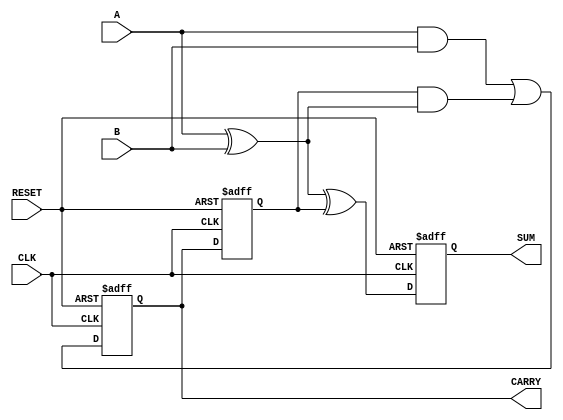
module SequentialHalfAdder (
    input wire A,        // First input bit
    input wire B,        // Second input bit
    input wire CLK,      // Clock signal
    input wire RESET,    // Reset signal
    output reg SUM,      // Output for sum
    output reg CARRY     // Output for carry
);

    // Internal state variable to hold the previous carry value
    reg previous_carry;

    // Always block triggered on the rising edge of the clock
    always @(posedge CLK or posedge RESET) begin
        if (RESET) begin
            // Reset state
            SUM <= 1'b0;
            CARRY <= 1'b0;
            previous_carry <= 1'b0;
        end else begin
            // Calculate the new sum and carry
            SUM <= A ^ B ^ previous_carry;  // SUM = A XOR B XOR previous_carry
            CARRY <= (A & B) | (previous_carry & (A ^ B)); // CARRY = (A AND B) OR (previous_carry AND (A XOR B))
            // Update the previous carry for the next clock cycle
            previous_carry <= CARRY;
        end
    end

endmodule